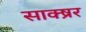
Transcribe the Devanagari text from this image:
साक्ष्रर